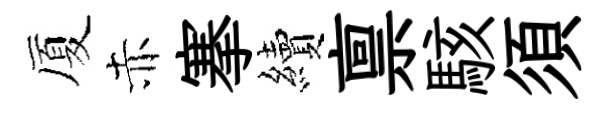
厦赤搴續禀駭須